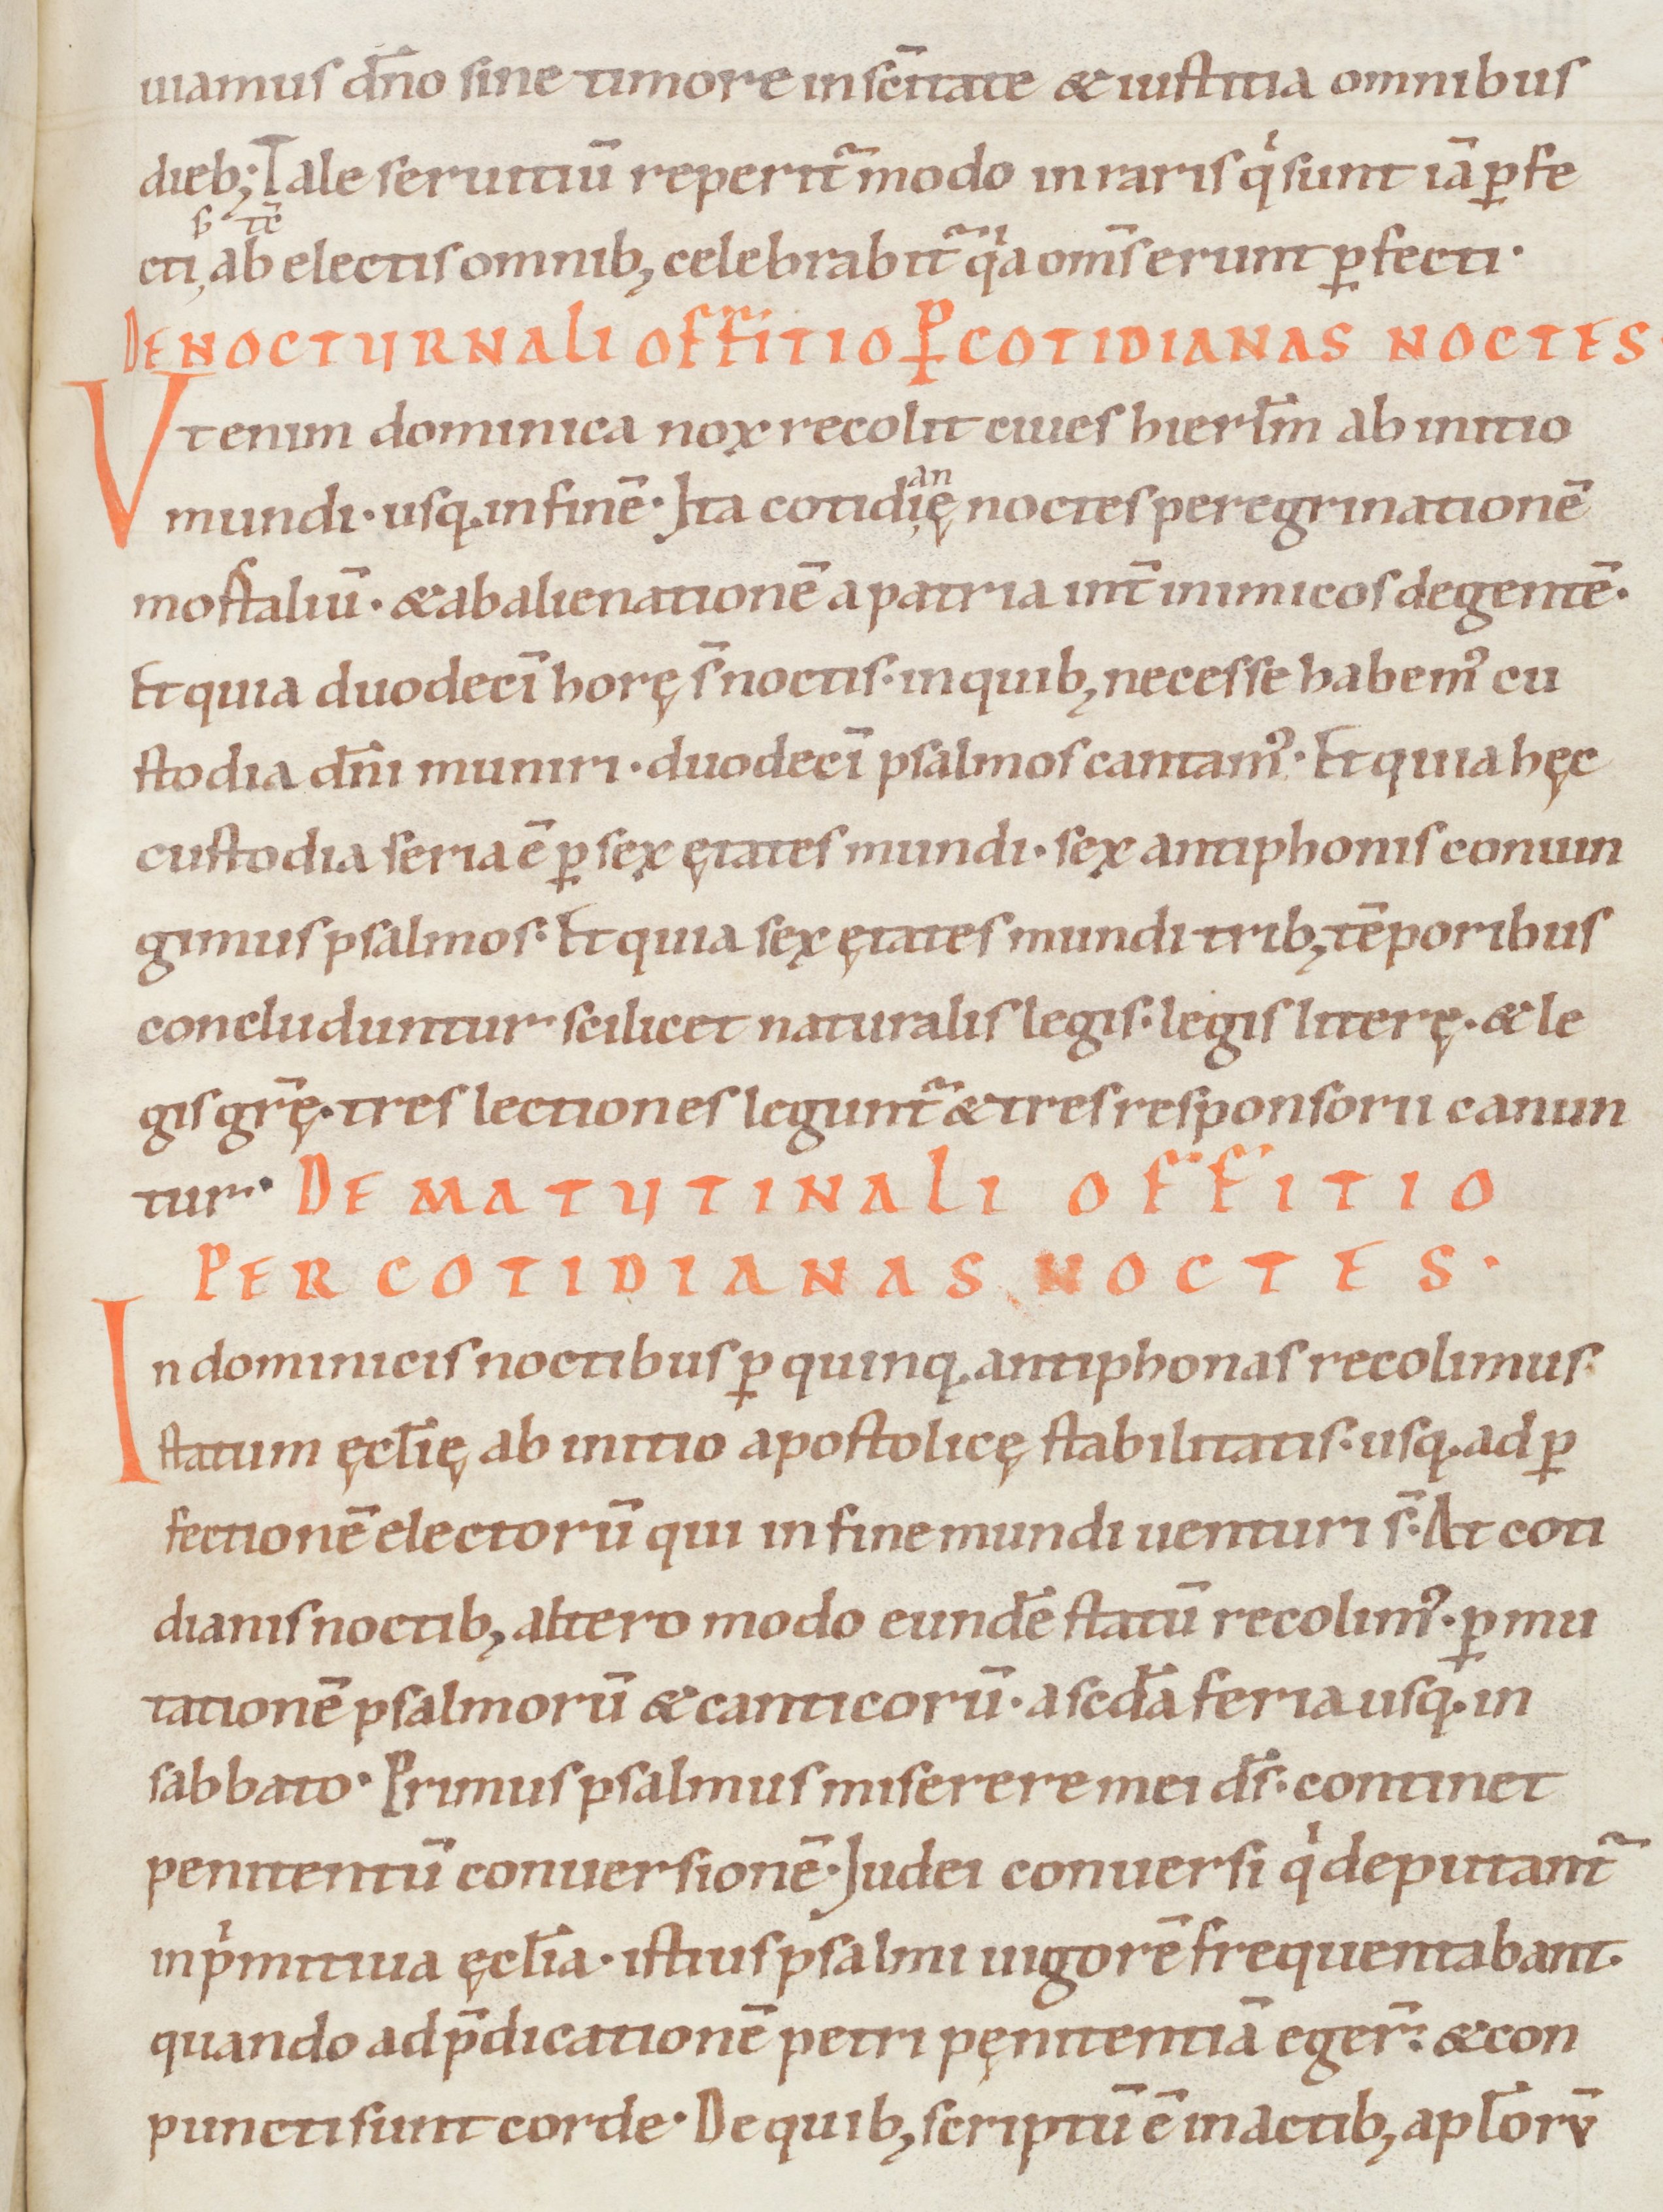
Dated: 1050–1099